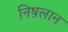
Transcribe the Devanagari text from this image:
निष़लान